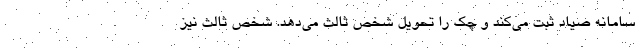
سامانه صیاد ثبت می‌کند و چک را تحویل شخص ثالث می‌دهد. شخص ثالث نیز